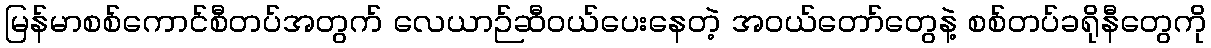
မြန်မာစစ်ကောင်စီတပ်အတွက် လေယာဉ်ဆီဝယ်ပေးနေတဲ့ အဝယ်တော်တွေနဲ့ စစ်တပ်ခရိုနီတွေကို